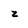
Character: z